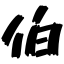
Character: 伯